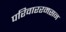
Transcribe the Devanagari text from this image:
परिवाररमसन